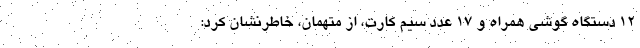
۱۲ دستگاه گوشی همراه و ۱۷ عدد سیم کارت، از متهمان، خاطرنشان کرد: